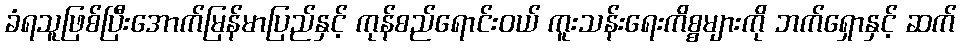
ခံရသူဖြစ်ပြီးအောက်မြန်မာပြည်နှင့် ကုန်စည်ရောင်းဝယ် ကူးသန်းရေးကိစ္စများကို ဘက်ရှောနှင့် ဆက်